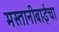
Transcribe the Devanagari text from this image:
मस्तानीबाईंचा